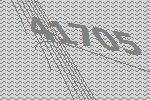
41705